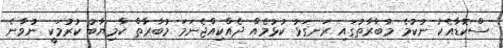
ސްކޮޑާއެކު ނުކުމެ މުބާރާތުގައި ރަނގަޅު ކުޅުމެއް ދެއްކިއްޖެނަމަ މުބާރާތް ކާމިޔާބު ކުރުމަކީ ނުވާނެ